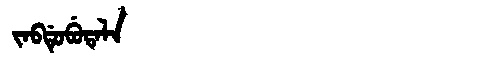
Manchu: ᠵᠠᠪᡩᡠᠪᡠᡨᠠᠯᠠ
Romanization: JABDUBUTALA